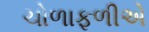
ચોળાફળીએ